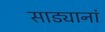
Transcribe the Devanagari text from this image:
साड्यानां